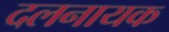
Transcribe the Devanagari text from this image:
दलनायक